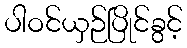
ပါဝင်ယှဉ်ပြိုင်ခွင့်